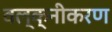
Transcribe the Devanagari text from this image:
वल्क्नीकरण